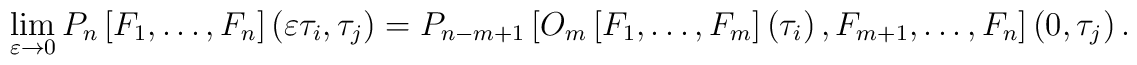
\lim_{\varepsilon \rightarrow 0}P_{n}\left[ F_{1}, \dots, F_{n}\right]\left( \varepsilon \tau _{i},\tau _{j}\right) =P_{n-m+1}\left[ O_{m}\left[F_{1}, \dots, F_{m}\right] \left( \tau _{i}\right), F_{m+1}, \dots, F_{n} \right] \left( 0,\tau _{j}\right) .